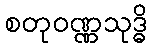
စတုဝဏ္ဏသုဒ္ဓိ